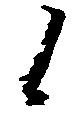
候